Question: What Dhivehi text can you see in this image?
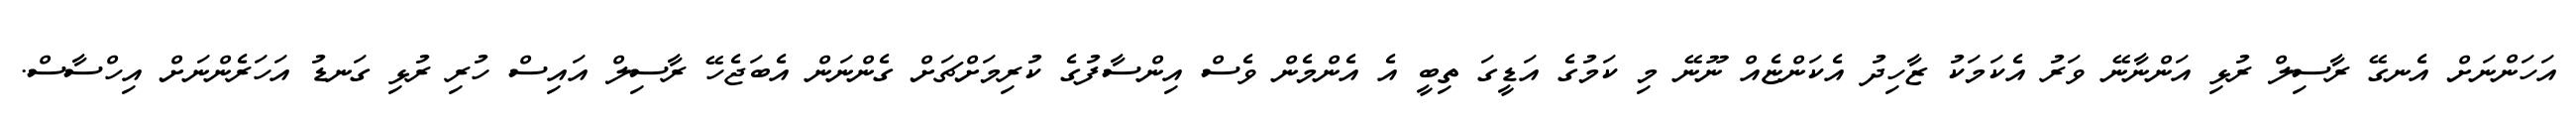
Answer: އަހަންނަށް އެނގޭ ރާސިލް ރުޅި އަންނާނޭ ވަރު އެކަމަކު ޒާހިދު އެކަންޏެއް ނޫނޭ މި ކަމުގެ އަޑީގަ ތިބީ އެ އެންމެން ވެސް އިންސާފުގެ ކުރިމަށްޗަށް ގެންނަން އެބަޖެހޭ ރާސިލް އައިސް ހުރި ރުޅި ގަނޑު އަހަރެންނަށް އިހްސާސް.